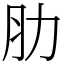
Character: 肋